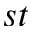
^ { s t }